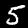
Digit: 5